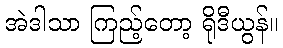
အဲဒါသာ ကြည့်တော့ ရိုဒီယွန်။